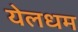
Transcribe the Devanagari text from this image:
येलधम